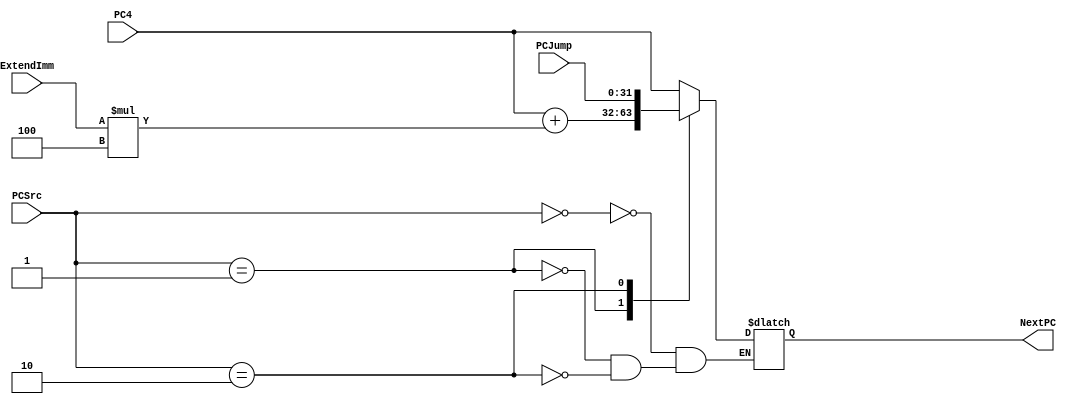
`timescale 1ns / 1ps
//////////////////////////////////////////////////////////////////////////////////
// Company: 
// Engineer: 
// 
// Design Name: 
// Module Name: NextPCSelect
// Project Name: 
// Target Devices: 
// Tool Versions: 
// Description: 
// 
// Dependencies: 
// 
// Revision:
// Revision 0.01 - File Created
// Additional Comments:
// 
//////////////////////////////////////////////////////////////////////////////////


module NextPCSelect(PC4,ExtendImm,PCJump,PCSrc, NextPC);
    input [31:0] PC4;
    input [31:0] ExtendImm;
    input [31:0] PCJump;
    input [1:0] PCSrc;
    output reg [31:0] NextPC;
    
    always @ (PC4 or ExtendImm or PCJump or PCSrc) begin
        case (PCSrc) 
            2'b00 : begin
                NextPC = PC4;
            end
            2'b01 : begin
                NextPC = (PC4 + ExtendImm*4);
            end
            2'b10 : begin
                NextPC = PCJump;
            end
            default : begin
            end
        endcase
    end
endmodule